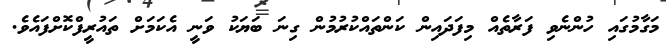
މަގާމުގައި ހުންނެވި ފަރާތެއް މިފަދައިން ކަންތައްކުރުމުން ގިނަ ބަޔަކު ވަނީ އެކަމަށް ތައުރީފްކޮށްފައެވެ.